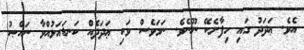
އެވެ. ޢަދަދު ގައި ހިފާށެކޭ ނޫނެވެ. ނަމަވެސް ވަކި ޢަދަދެއް ކަނޑައަޅުއްވާ ނައްޞު